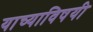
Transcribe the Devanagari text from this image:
याच्याविषयी